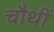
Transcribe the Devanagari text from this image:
चौथीं